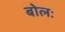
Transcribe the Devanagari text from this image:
बोलः